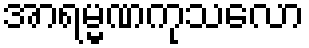
အာရမ္မဏကုသလော